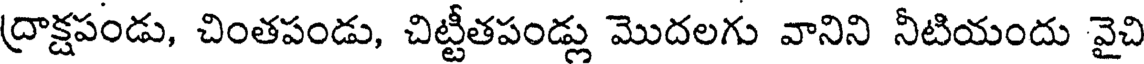
ద్రాక్షపండు, చింతపండు, చిట్టీతపండ్లు మొదలగు వానిని నీటియందు వైచి